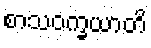
စာသဝက္ခယာတိ